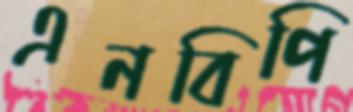
এনবিপি